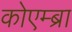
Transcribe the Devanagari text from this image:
कोएम्ब्रा